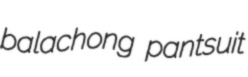
balachong pantsuit